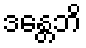
ဒန္တေဘိ